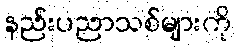
နည်းပညာသစ်များကို